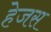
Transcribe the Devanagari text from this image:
हेजस